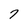
Character: 7